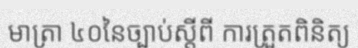
មាត្រា ៤០នៃច្បាប់ស្តីពី ការត្រួតពិនិត្យ